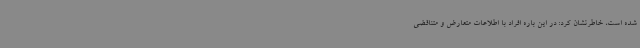
شده است، خاطرنشان کرد: در این باره افراد با اطلاعات متعارض و متناقضی